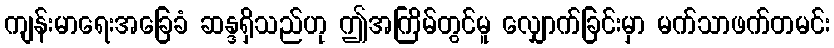
ကျန်းမာရေးအခြေခံ ဆန္ဒရှိသည်ဟု ဤအကြိမ်တွင်မူ လျှောက်ခြင်းမှာ မက်သာဖက်တမင်း